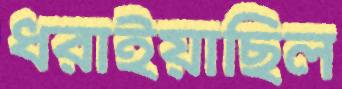
ধরাইয়াছিল